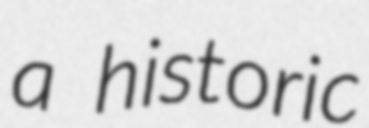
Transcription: a historic